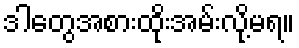
ဒါတွေအစားထိုးအမ်းလို့မရ။